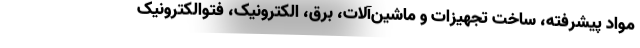
مواد پیشرفته، ساخت تجهیزات و ماشین‌آلات، برق، الکترونیک، فتوالکترونیک